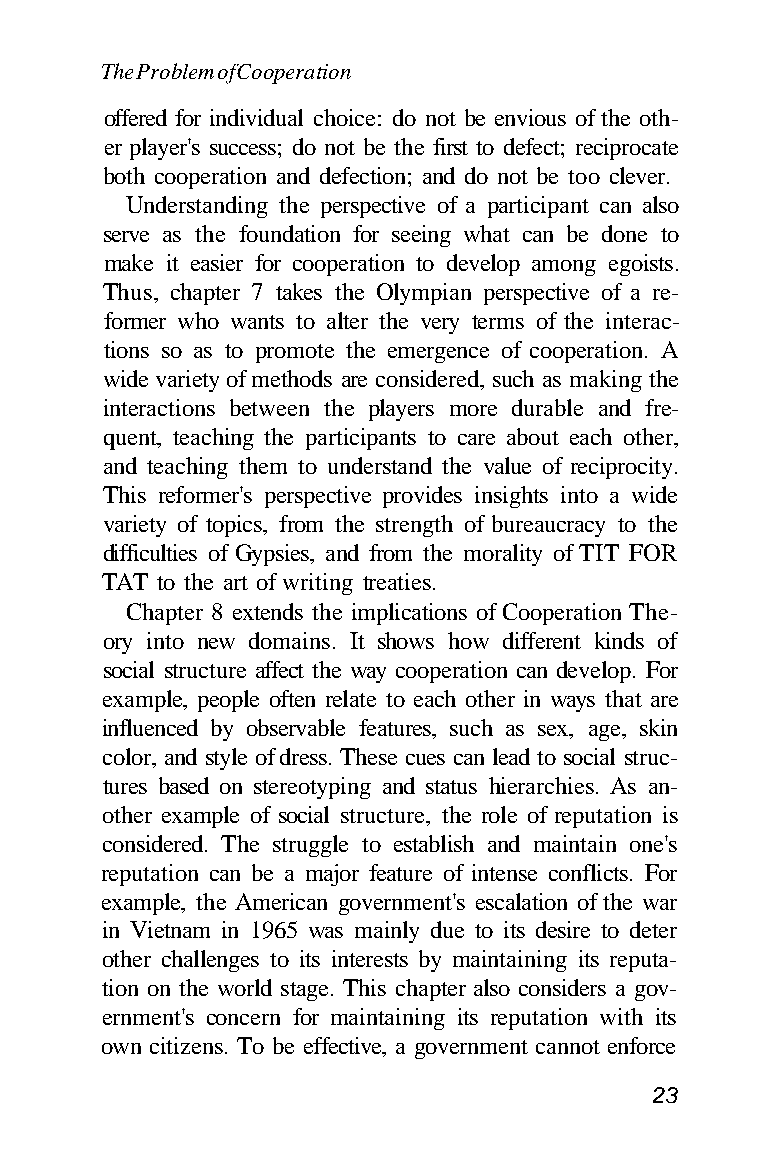
The Problem of Cooperation
 offered for individual choice: do not be envious of the oth-
 er player's success; do not be the first to defect; reciprocate
 both cooperation and defection; and do not be too clever.
 Understanding the perspective of a participant can also
 serve as the foundation for seeing what can be done to
 make it easier for cooperation to develop among egoists.
 Thus, chapter 7 takes the Olympian perspective of a re-
 former who wants to alter the very terms of the interac-
 tions so as to promote the emergence of cooperation. A
 wide variety of methods are considered, such as making the
 interactions between the players more durable and fre-
 quent, teaching the participants to care about each other,
 and teaching them to understand the value of reciprocity.
 This reformer's perspective provides insights into a wide
 variety of topics, from the strength of bureaucracy to the
 difficulties of Gypsies, and from the morality of TIT FOR
 TAT to the art of writing treaties.
 Chapter 8 extends the implications of Cooperation The-
 ory into new domains. It shows how different kinds of
 social structure affect the way cooperation can develop. For
 example, people often relate to each other in ways that are
 influenced by observable features, such as sex, age, skin
 color, and style of dress. These cues can lead to social struc-
 tures based on stereotyping and status hierarchies. As an-
 other example of social structure, the role of reputation is
 considered. The struggle to establish and maintain one's
 reputation can be a major feature of intense conflicts. For
 example, the American government's escalation of the war
 in Vietnam in 1965 was mainly due to its desire to deter
 other challenges to its interests by maintaining its reputa-
 tion on the world stage. This chapter also considers a gov-
 ernment's concern for maintaining its reputation with its
 own citizens. To be effective, a government cannot enforce
 23